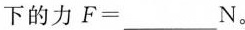
下的力F=___ N。